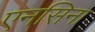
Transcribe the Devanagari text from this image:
एनसिना